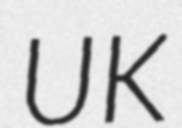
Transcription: UK